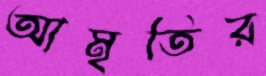
আমৃতির